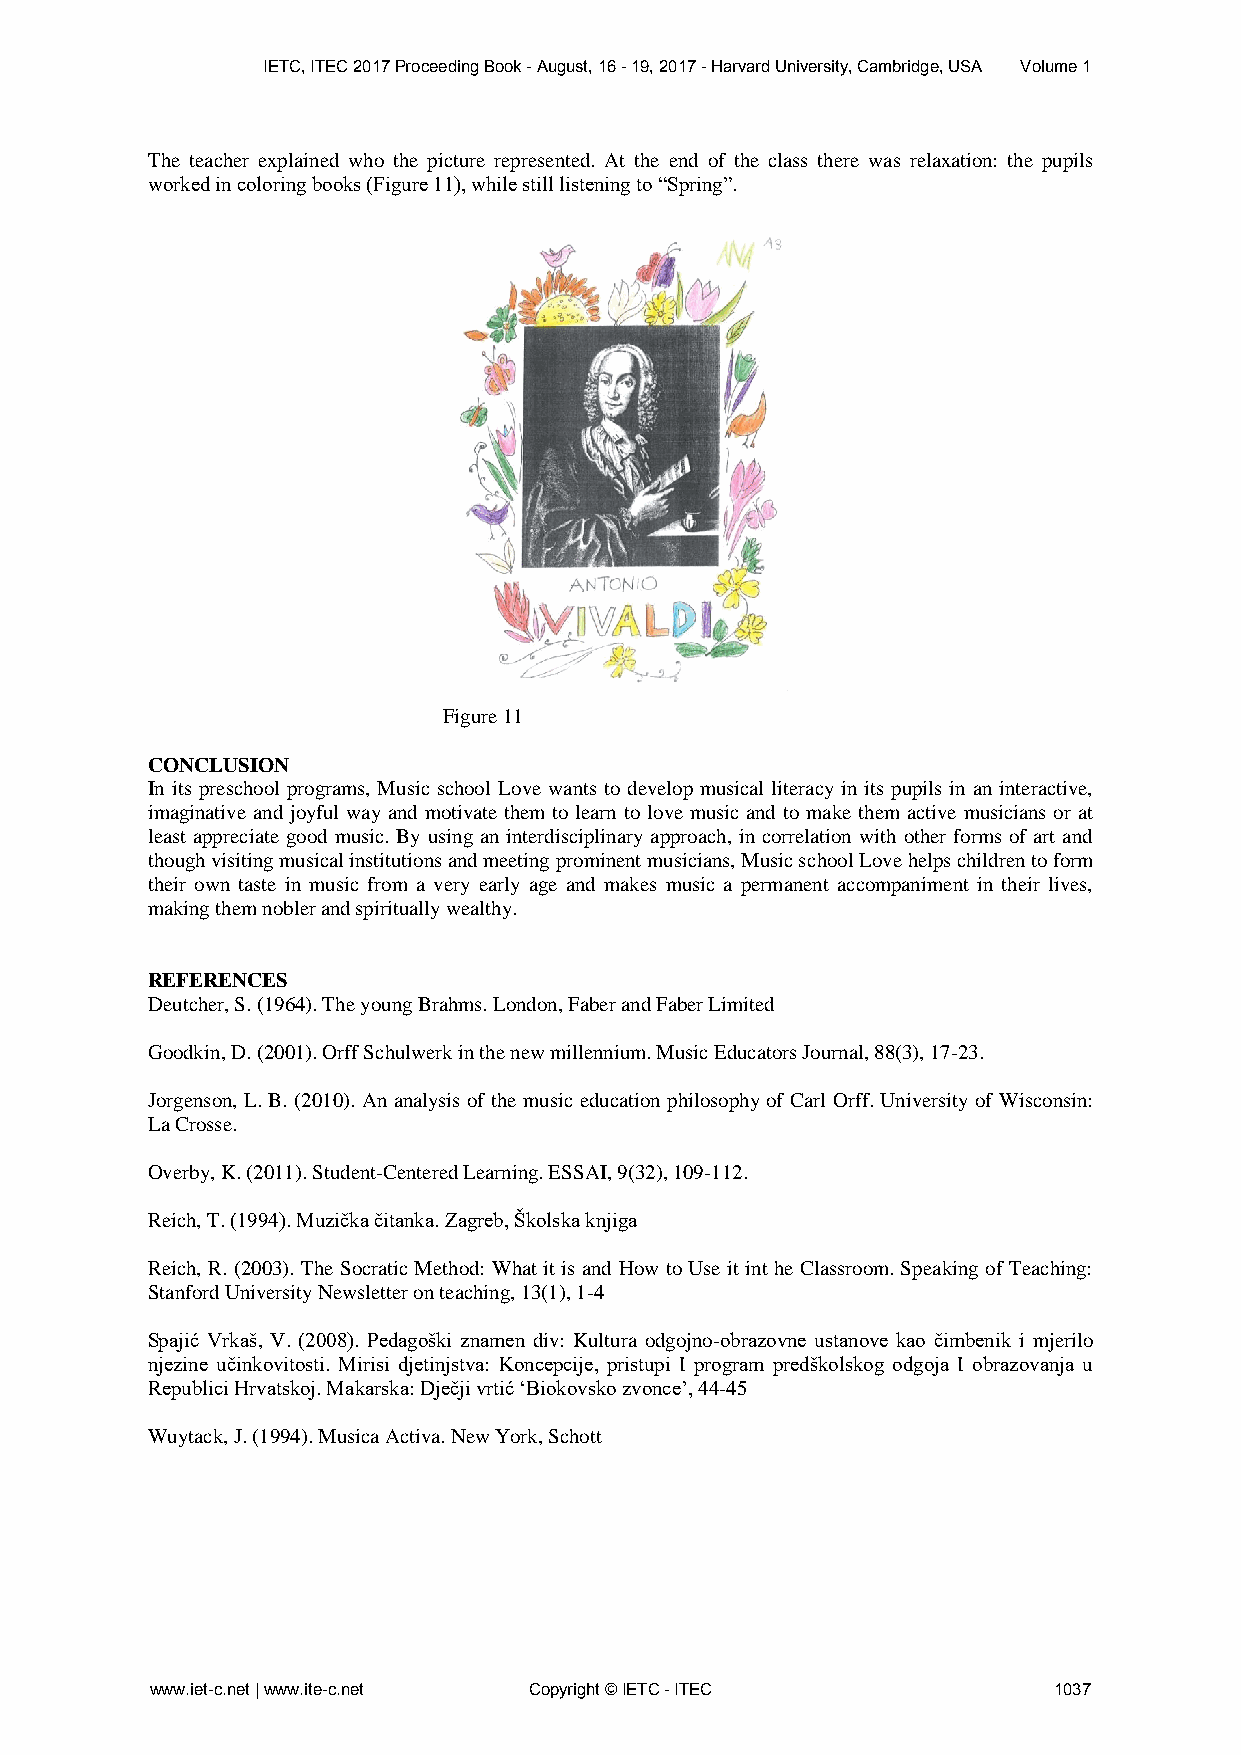
IETC, ITEC 2017 Proceeding Book - August, 16 - 19, 2017 - Harvard University, Cambridge, USA Volume 1
 The teacher explained who the picture represented. At the end of the class there was relaxation: the pupils
 worked in coloring books (Figure 11), while still listening to “Spring”.
 Figure 11
 CONCLUSION
 In its preschool programs, Music school Love wants to develop musical literacy in its pupils in an interactive,
 imaginative and joyful way and motivate them to learn to love music and to make them active musicians or at
 least appreciate good music. By using an interdisciplinary approach, in correlation with other forms of art and
 though visiting musical institutions and meeting prominent musicians, Music school Love helps children to form
 their own taste in music from a very early age and makes music a permanent accompaniment in their lives,
 making them nobler and spiritually wealthy.
 REFERENCES
 Deutcher, S. (1964). The young Brahms. London, Faber and Faber Limited
 Goodkin, D. (2001). Orff Schulwerk in the new millennium. Music Educators Journal, 88(3), 17-23.
 Jorgenson, L. B. (2010). An analysis of the music education philosophy of Carl Orff. University of Wisconsin:
 La Crosse.
 Overby, K. (2011). Student-Centered Learning. ESSAI, 9(32), 109-112.
 Reich, T. (1994). Muzička čitanka. Zagreb, Školska knjiga
 Reich, R. (2003). The Socratic Method: What it is and How to Use it int he Classroom. Speaking of Teaching:
 Stanford University Newsletter on teaching, 13(1), 1-4
 Spajić Vrkaš, V. (2008). Pedagoški znamen div: Kultura odgojno-obrazovne ustanove kao čimbenik i mjerilo
 njezine učinkovitosti. Mirisi djetinjstva: Koncepcije, pristupi I program predškolskog odgoja I obrazovanja u
 Republici Hrvatskoj. Makarska: Dječji vrtić ‘Biokovsko zvonce’, 44-45
 Wuytack, J. (1994). Musica Activa. New York, Schott
 www.iet-c.net | www.ite-c.net Copyright © IETC - ITEC       1037